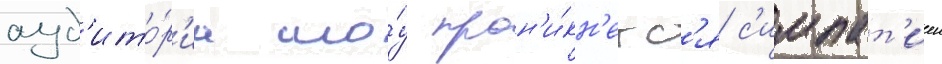
ауд'ито́р'иа шо́у прон'и́кн'етс'я с'импат'иеи